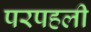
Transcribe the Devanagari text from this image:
परपहली